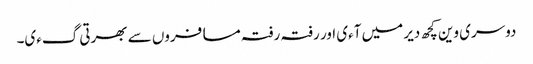
دوسری وین کچھ دیر میں آءی اور رفتہ رفتہ مسافروں سے بھرتی گءی۔